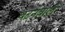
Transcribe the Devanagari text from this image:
घटनेवाले